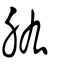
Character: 肱